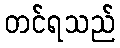
တင်ရသည်